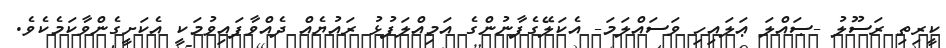
ކީރިތި ރަސޫލު -ޞައްލަ ޢަލައިހި ވަސައްލަމަ- އެކަލޭގެފާނުންގެ އަމިއްލަފުޅު ރައުޔެއް ދެއްވާފައިވުމަކީ އެކަށީގެންވާކަމެކެވެ.